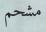
مشحم